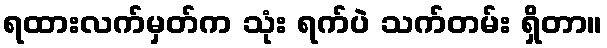
ရထားလက်မှတ်က သုံး ရက်ပဲ သက်တမ်း ရှိတာ။